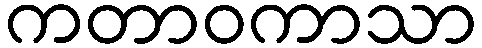
ကတာဝကာသာ